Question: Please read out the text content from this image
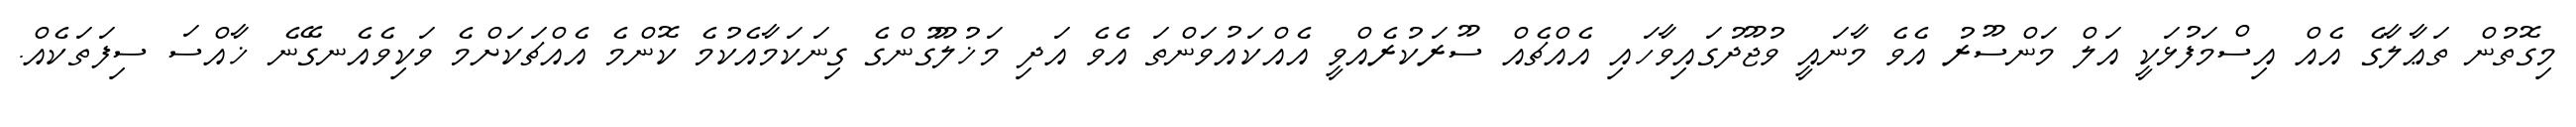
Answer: މިގޮތުން ތަޢާލާގެ އެއް އިސްމަފުޅަކީ އަލް މަންސޫރު އެވެ މާނައީ ވުޖޫދުގައިވާހައި އެއްޗެއް ސޫރަކުރެއްވީ އެއްކައުވަންތަ އެވެ އަދި މަޚުލޫގުންގެ ގިނަކަމާއެކުމެ ކޮންމެ އެއްޗަކަށްމެ ވަކިވެއެނގޭނެ ޚާއްސަ ސިފަތަކެއް.